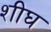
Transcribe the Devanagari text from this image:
शीघ